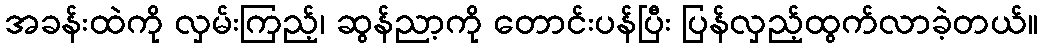
အခန်းထဲကို လှမ်းကြည့်၊ ဆွန်ညာ့ကို တောင်းပန်ပြီး ပြန်လှည့်ထွက်လာခဲ့တယ်။